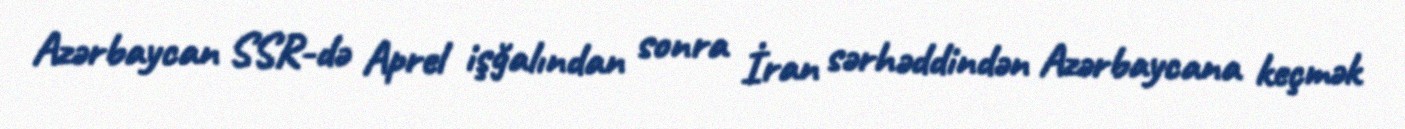
Azərbaycan SSR-də Aprel işğalından sonra İran sərhəddindən Azərbaycana keçmək